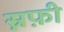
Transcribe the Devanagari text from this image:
स्नफ़ी